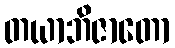
တယာဘိဇာတော